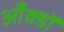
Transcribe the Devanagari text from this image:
आँक्डों